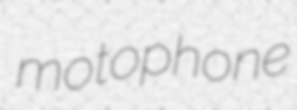
motophone